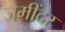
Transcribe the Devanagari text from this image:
जमींदर